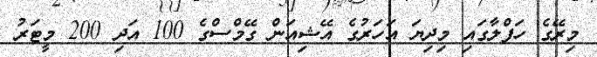
މިރޭގެ ހަފްލާގައި މިދިޔަ އަހަރުގެ އޭޝިއަން ގޭމްްސްގެ 100 އަދި 200 މީޓަރު